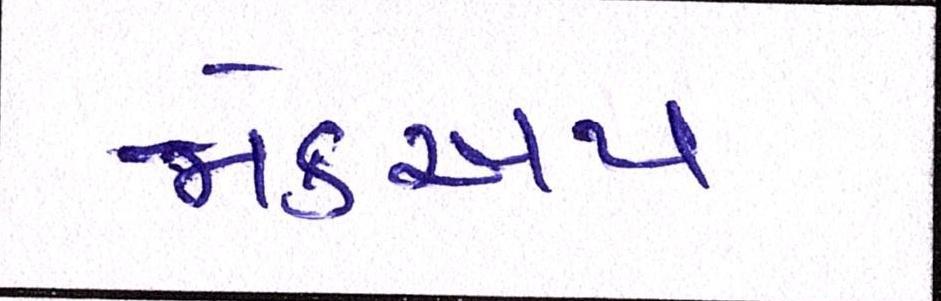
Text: મેકઅપ